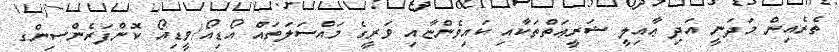
ތެރެއިން މަދަނީ އަދި ޢާއިލީ ޝަރީޢަތްތަކާއި ކައިވެންޏާއި ވަރީގެ މައްސަލަތައް އޯޑިއޯ/ވީޑިއޯ ކޮންފަރެންސިންގ